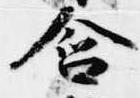
含